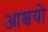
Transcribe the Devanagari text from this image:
आश्चयों